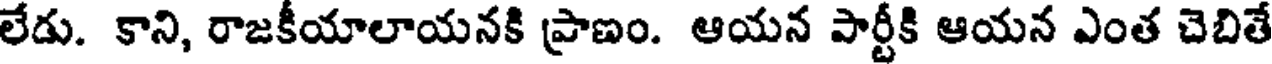
లేడు. కాని, రాజకీయాలాయనకి ప్రాణం. ఆయన పార్టీకి ఆయన ఎంత చెబితే